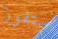
ستفوز